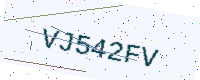
Text: VJ542FV